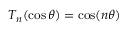
T _ { n } ( \cos \theta ) = \cos ( n \theta )